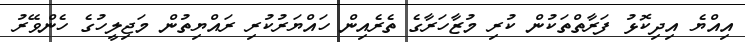
އިއްޔެ އިދިކޮޅު ފަރާތްތަކުން ކުރި މުޒާހަރާގެ ތެރެއިން ހައްޔަރުކުރި ރައްޔިތުން މަޖިލީހުގެ ހެންވޭރު